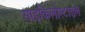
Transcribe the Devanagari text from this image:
साइकिलोस्टाइल